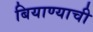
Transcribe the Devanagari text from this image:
बियाण्याची